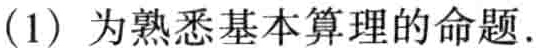
(1) 为熟悉基本算理的命题.